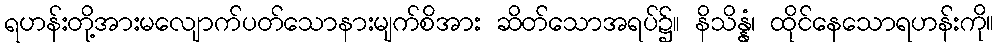
ရဟန်းတို့အားမလျောက်ပတ်သောနားမျက်စိအား ဆိတ်သောအရပ်၌။ နိသိန္နံ၊ ထိုင်နေသောရဟန်းကို။